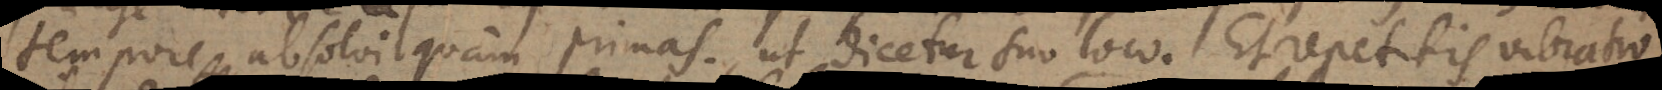
tempore absolvi quam primas, ut dicetur suo loco. Et repetitis vibratio